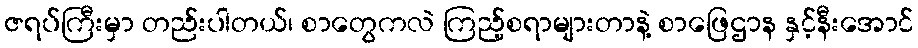
ဇရပ်ကြီးမှာ တည်းပါတယ်၊ စာတွေကလဲ ကြည့်စရာများတာနဲ့ စာဖြေဌာန နှင့်နီးအောင်